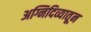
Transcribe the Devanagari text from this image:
अग्निदिव्यातून